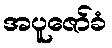
အပူဇော်ခံ